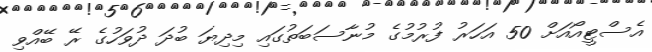
އެސްޓީއޯއަށް 50 އަހަރު ފުރުމުގެ މުނާސަބަތުގައި މިދިޔަ ބުދަ ދުވަހުގެ ރޭ ބޭއްވި